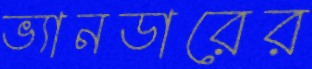
ভ্যানডারের